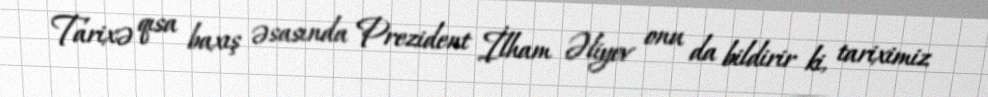
Tarixə qısa baxış əsasında Prezident İlham Əliyev onu da bildirir ki, tariximiz